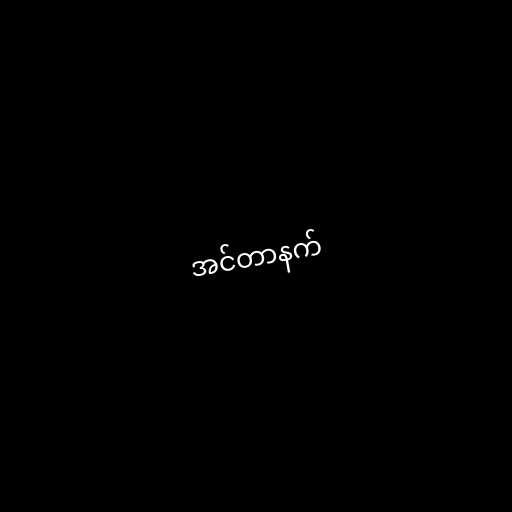
အင်တာနက်